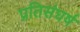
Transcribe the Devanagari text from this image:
प्रतिसंघर्ष